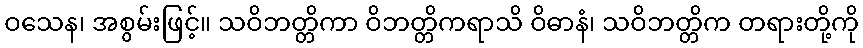
ဝသေန၊ အစွမ်းဖြင့်။ သဝိဘတ္တိကာ ဝိဘတ္တိကရာသိ ဝိဓာနံ၊ သဝိဘတ္တိက တရားတို့ကို